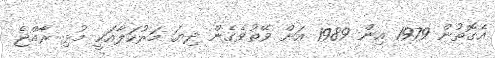
އެގޮތުން 1979 އިން 1989 އަށް ވޭތުވެގެން ދިޔަ މަރުހަލާއަކީ މުޅި ރާއްޖެ